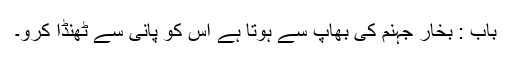
باب : بخار جہنم کی بھاپ سے ہوتا ہے اس کو پانی سے ٹھنڈا کرو۔